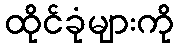
ထိုင်ခုံများကို